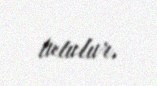
tutulur.